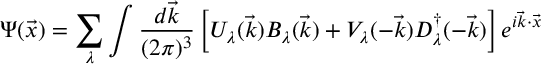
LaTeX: \Psi ( \vec { x } ) = \sum _ { \lambda } \int \frac { d \vec { k } } { ( 2 \pi ) ^ { 3 } } \left[ U _ { \lambda } ( \vec { k } ) B _ { \lambda } ( \vec { k } ) + V _ { \lambda } ( - \vec { k } ) D _ { \lambda } ^ { \dagger } ( - \vec { k } ) \right] e ^ { i \vec { k } \cdot \vec { x } }